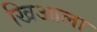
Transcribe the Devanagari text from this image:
खिआला